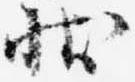
状